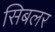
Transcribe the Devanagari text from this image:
सिबलर